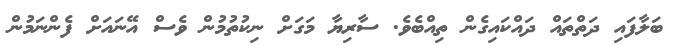
ބަލާފައި ދަތްތައް ދައްކައިގެން ތިއްބެވެ. ސާރިޔާ މަގަށް ނިކުތުމުން ވެސް އޭނައަށް ފެންނަމުން